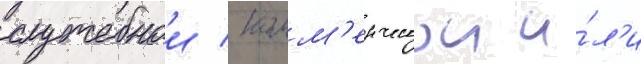
служебнои / комм'ерческои и́л'и